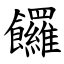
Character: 饠